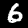
Digit: 6